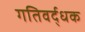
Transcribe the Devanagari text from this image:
गतिवर्द्धक